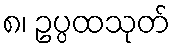
၈၊ ဥပ္ပထသုတ်